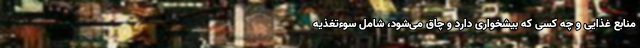
منابع غذایی و چه کسی که بیشخواری دارد و چاق می‌شود، شامل سوءتغذیه